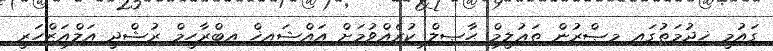
ގައުމީ ޚިދުމަތުގައި މިޞްރުން ތަޢުލީމް ޙާޞިލް ކުރެއްވުމަށް އައްޝައިޚް އިބްރާހީމް ރުޝްދީ އަލްއަޒްހަރީ